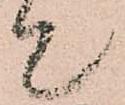
て